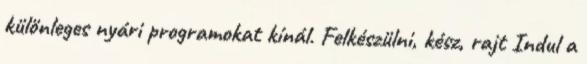
különleges nyári programokat kínál. Felkészülni, kész, rajt Indul a